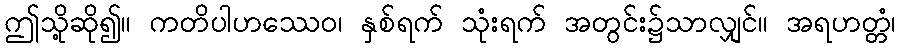
ဤသို့ဆို၍။ ကတိပါဟဿေဝ၊ နှစ်ရက် သုံးရက် အတွင်း၌သာလျှင်။ အရဟတ္တံ၊